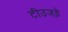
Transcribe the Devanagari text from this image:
टीउजड़े